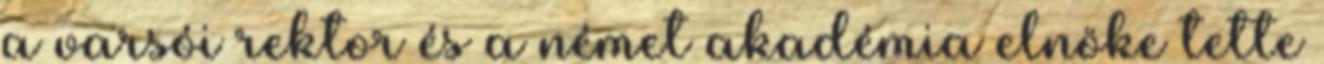
a varsói rektor és a német akadémia elnöke tette